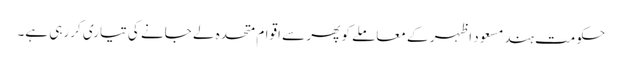
حکومت ہندمسعود اظہر کے معاملے کو پھر سے اقوام متحدہ لے جانے کی تیاری کررہی ہے۔